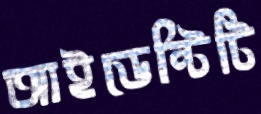
আইডেন্টিটি